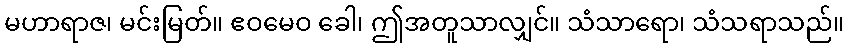
မဟာရာဇ၊ မင်းမြတ်။ ဧဝမေဝ ခေါ၊ ဤအတူသာလျှင်။ သံသာရော၊ သံသရာသည်။